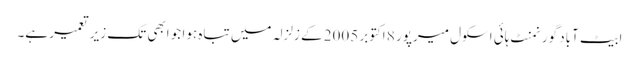
ابیٹ آباد گورنمنٹ ہائی اسکول میرپور 8 اکتوبر 2005 کے زلزلہ میں تباہ ہوا جو ابھی تک زیرِ تعمیر ہے۔